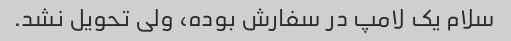
سلام یک لامپ در سفارش بوده، ولی تحویل نشد.